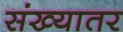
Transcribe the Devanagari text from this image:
संख्यातर